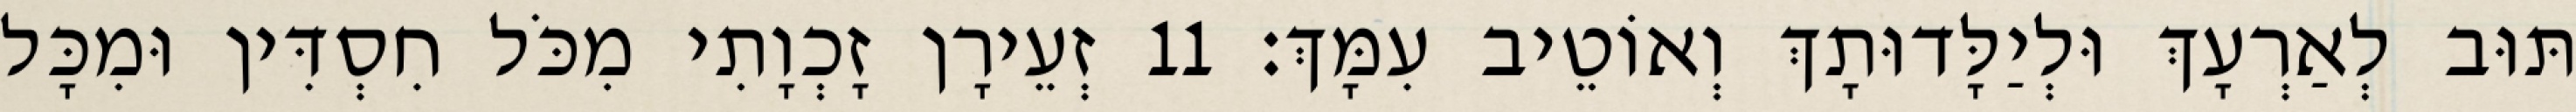
תּוּב לְאַרְעָךְ וּלְיַלָּדוּתָךְ וְאוֹטֵיב עִמָּךְ׃ 11 זְעֵירָן זָכְוָתִי מִכֹּל חִסְדִּין וּמִכָּל